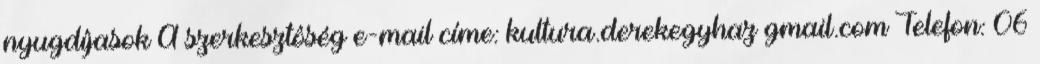
nyugdíjasok A szerkesztôség e-mail címe: kultura.derekegyhaz gmail.com Telefon: 06